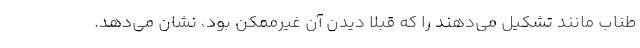
طناب مانند تشکیل می‌دهند را که قبلاً دیدن آن غیرممکن بود، نشان می‌دهد.